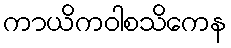
ကာယိကဝါစသိကေန